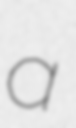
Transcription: a